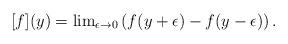
LaTeX: \begin{align*}[f](y) = {\rm lim}_{\epsilon \rightarrow 0} \left( f(y+\epsilon) - f(y-\epsilon)\right).\end{align*}